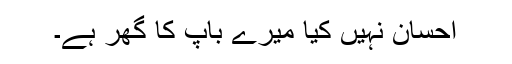
احسان نہیں کیا میرے باپ کا گھر ہے۔